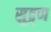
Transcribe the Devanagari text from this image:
सुद्र्ण